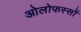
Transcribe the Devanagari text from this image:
ओलोफस्सों